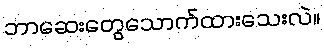
ဘာဆေးတွေသောက်ထားသေးလဲ။